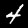
Label: 4